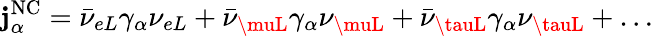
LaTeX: \mathbf{j}_{\alpha}^{\mathrm{{NC}}}=\bar{{\nu}}_{eL}\gamma_{\alpha}\nu_{eL}+\bar{{\nu}}_{\muL}\gamma_{\alpha}\nu_{\muL}+\bar{{\nu}}_{\tauL}\gamma_{\alpha}\nu_{\tauL}+\ldots